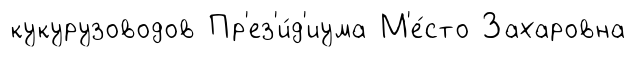
кукурузоводов Пр'ез'и́д'иума М'е́сто Захаровна